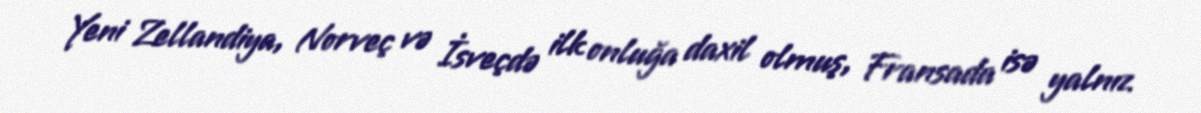
Yeni Zellandiya, Norveç və İsveçdə ilk onluğa daxil olmuş, Fransada isə yalnız